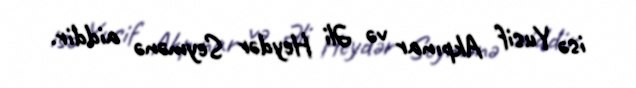
isə Yusif Akpınar və Əli Heydər Seymənə aiddir.